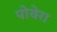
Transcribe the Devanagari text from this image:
पोवेरा